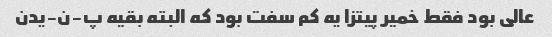
عالی بود فقط خمیر پیتزا یه کم سفت بود که البته بقیه پ-ن-یدن